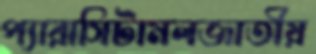
প্যারাসিটামলজাতীয়